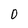
Character: 0